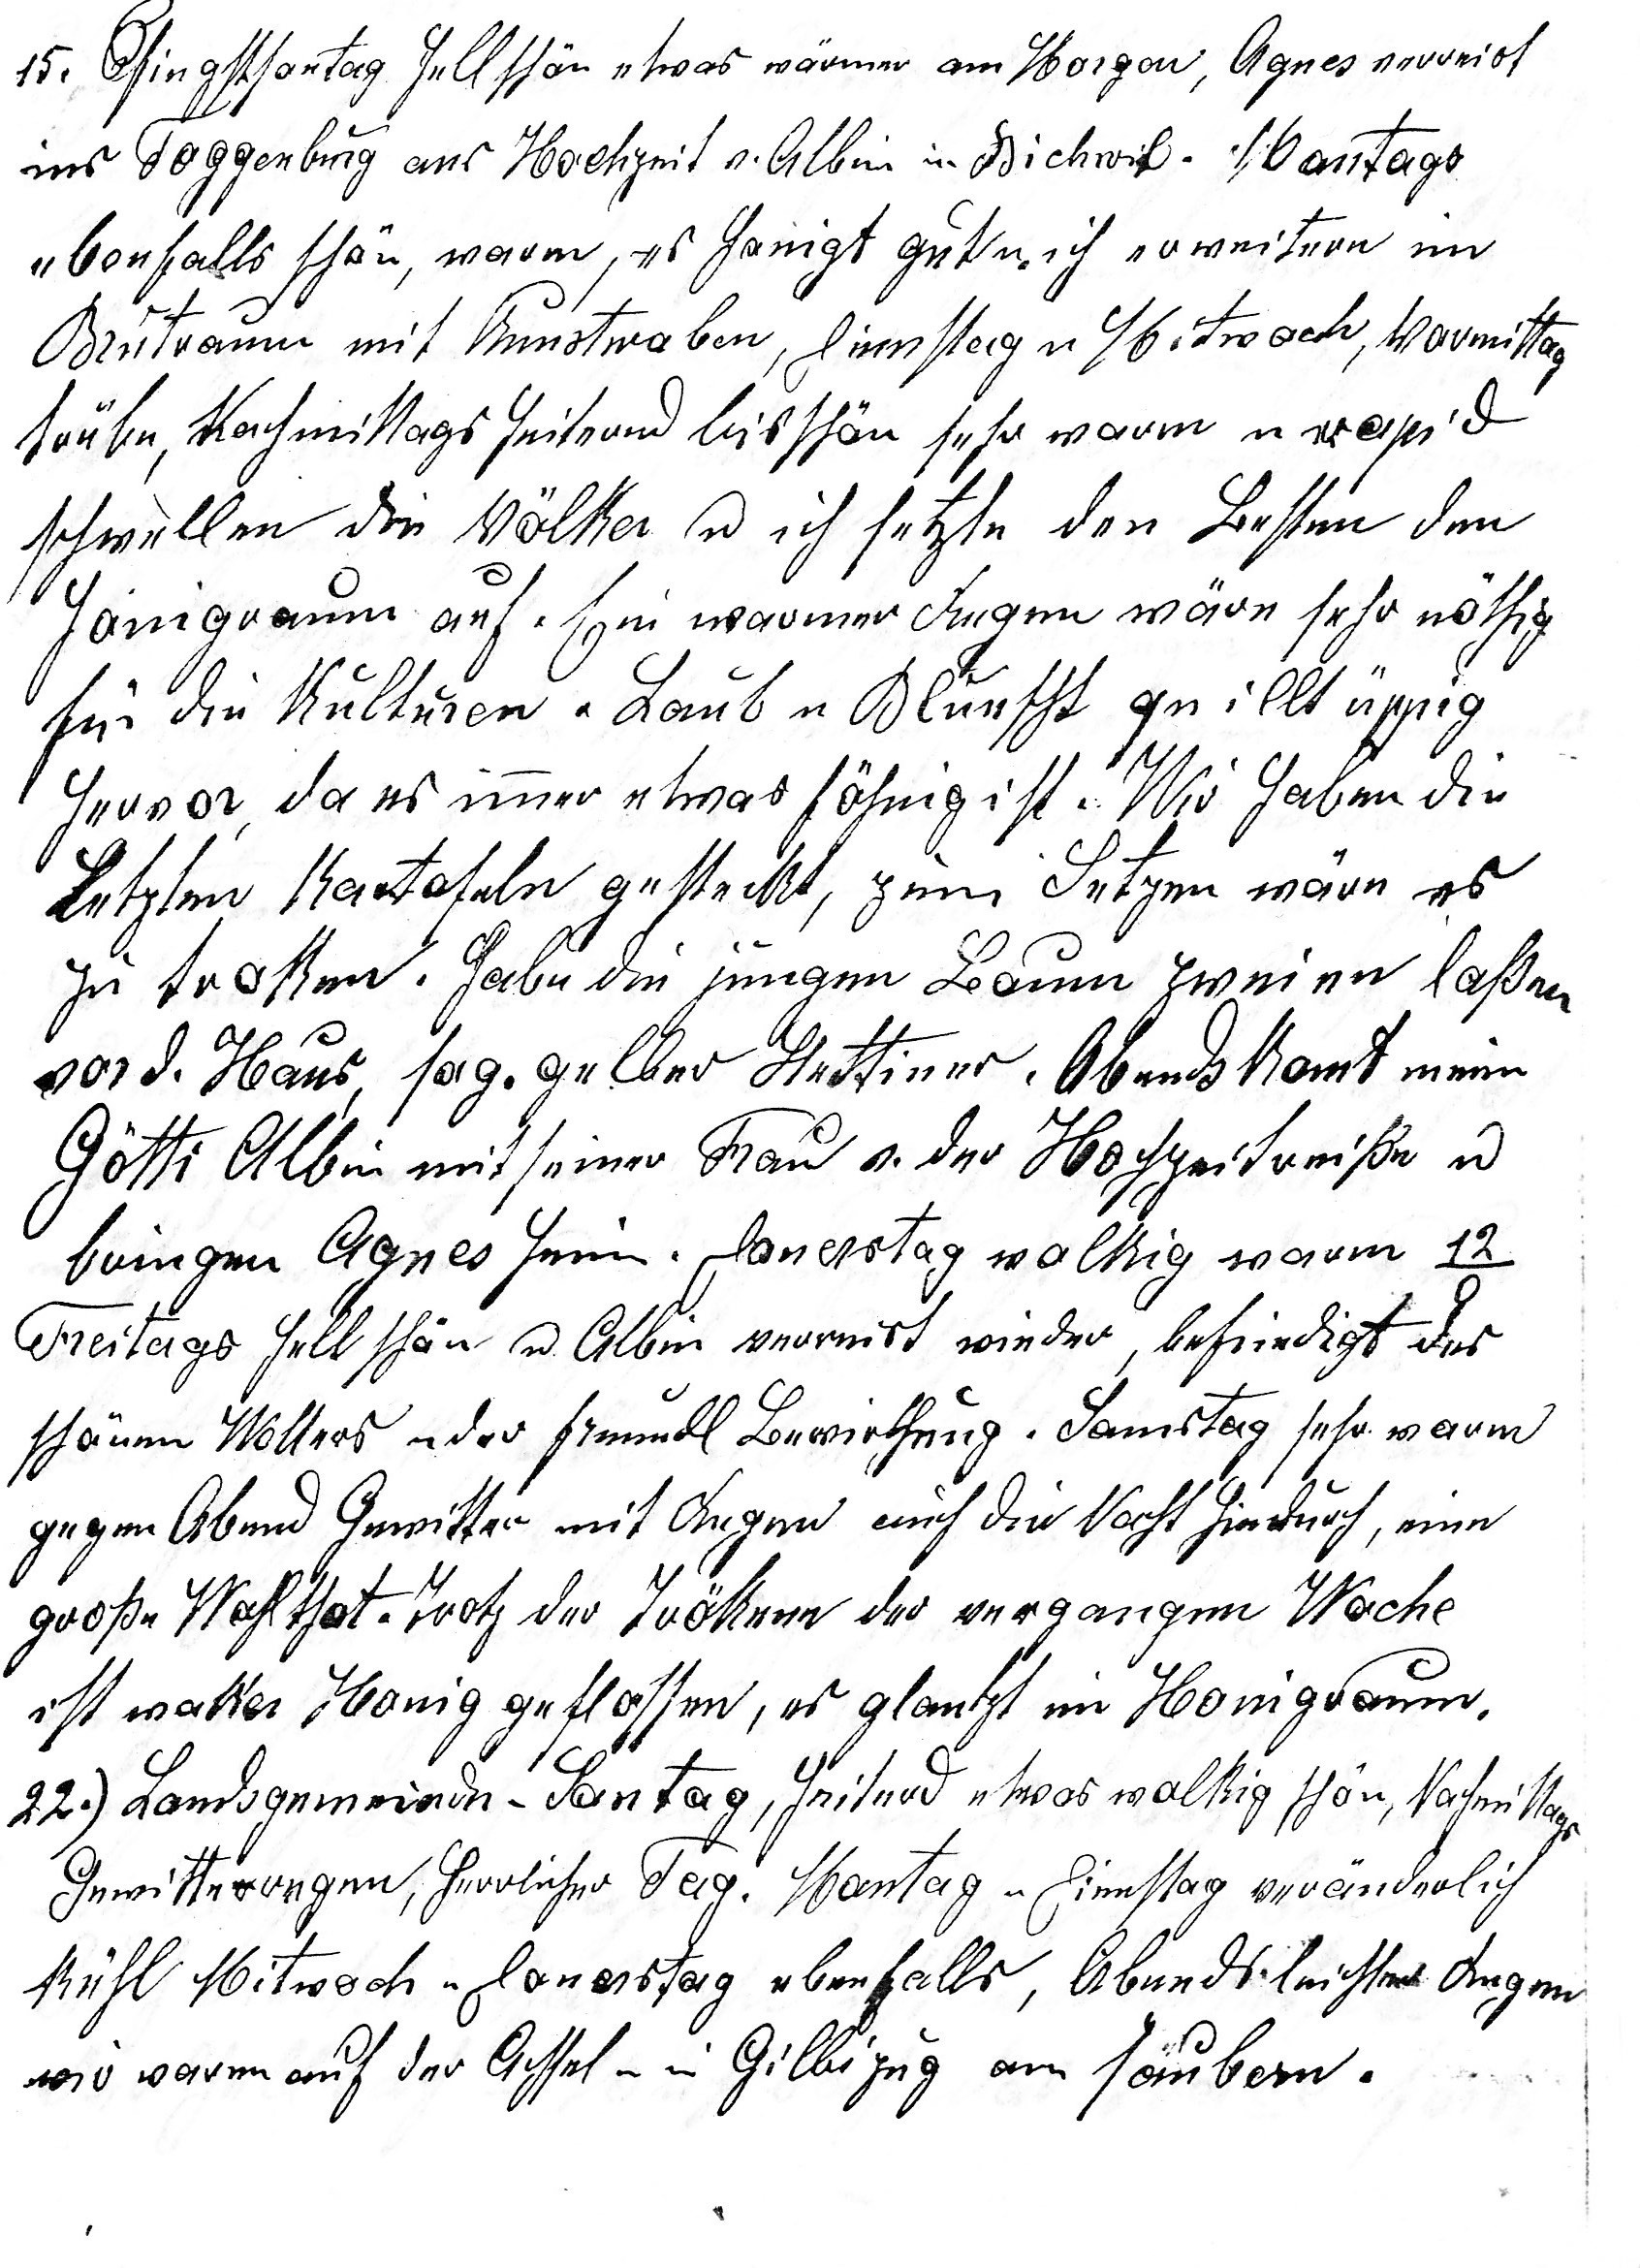
15. Pfingstsontag hell schön etwas wärmer am Morgen, Agnes verreist
ins Toggenburg ans Hochzeit v. Albin in Bichwil. Montags
ebenfalls schön, warm, es honigt gut u ich erweitere im
Brutraum mit Kunstwaben, Dienstag u Mitwoch, Vormittag
trübe, Nachmittag heiternd bis schön sehr warm u rapid
schwellen die Völker u ich setze den Besten den
Honigraum auf. Ein warmer Regen wäre sehr nöthig
für die Kulturen u Laub u Bluescht quillt üppig
hervor, da es immer etwas föhnig ist. Wir haben die
letzten Kartofeln gesteckt, zum Setzen wäre es
zu troken. Habe die jungen Baum zweien lassen
vor d. Haus, sog. Gelber Stettiner. Abends komt mein
Götti Albin mit seiner Frau v. der Hochzeitsreisse u
bringen Agnes heim. Donerstag wolkig warm 12o
Freitags hell schön u Albin verreist wieder,befriedigt des
schönen Wetters u der freundl. Bewirtung. Samstag sehr warm
gegen Abend Gewitter mit Regen durch die Nacht hindurch, eine
grosse Wohlthat. Trotz der Trökene der vergangenen Woche
ist waker Honig geflossen, es glanzt im Honig¬raum.
22. Landsgemeinde-Sontag, heiternd etwas wolkig schön,
Nachmittags Gewitterregen, herrlicher Tag. Montag u Dienstag veränderlich
kühl Mitwoch u Donerstag ebenfalls, Abends leichter Regen
wir waren auf der Achsel u in Gilbizug am säubern.